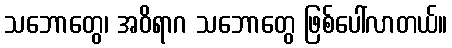
သဘောတွေ၊ အဝိရာဂ သဘောတွေ ဖြစ်ပေါ်လာတယ်။